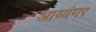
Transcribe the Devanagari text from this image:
अाय्यंगर